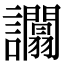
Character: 𧮑